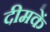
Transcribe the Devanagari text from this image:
दीमकें